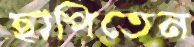
ছাপিতেন